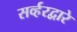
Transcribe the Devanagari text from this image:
सर्व्हरद्वारे